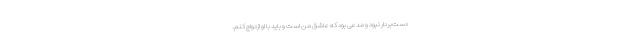
دست‌بردار نبود و مدعی بود که عاشق من است و باید با او ازدواج کنم.